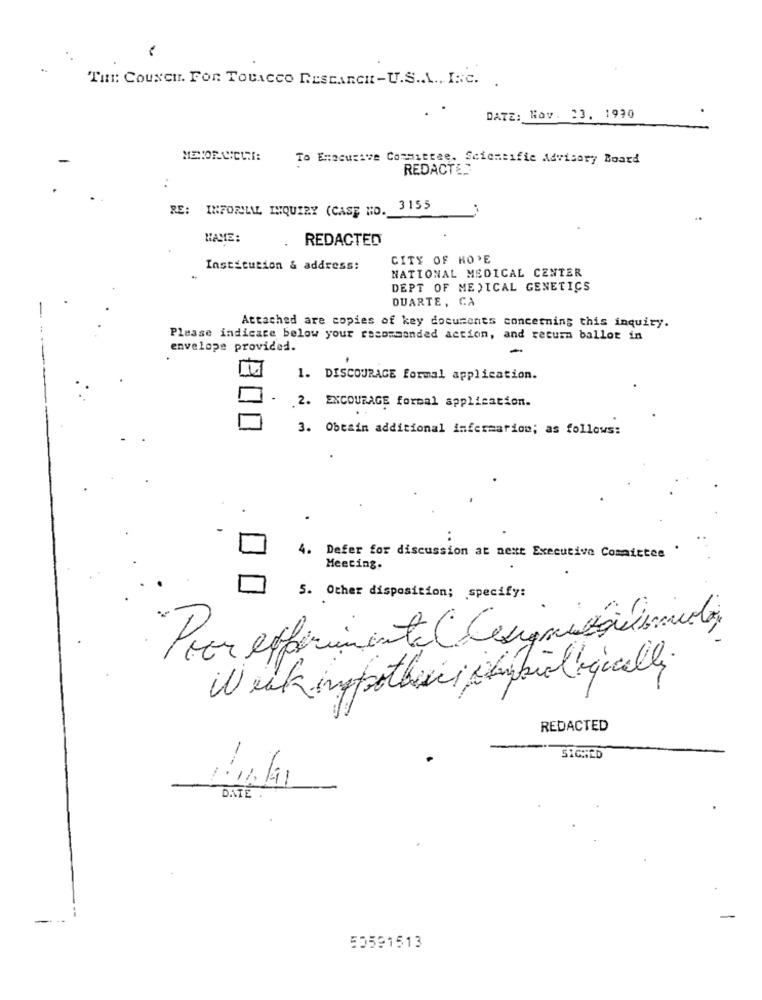
THE: CouxCH. FOR TOBACCO RESEARCH -U.S.A ., INC.
DATE: Nov. 23. 1990
To Enacutive Committee. Scientific Advisory Board
REDACTED
..
RE: INFORILAL INQUIRY (CASE NO.
3155
MAMIE:
REDACTED
CITY OF HO DE
Institution & address:
NATIONAL MEDICAL CENTER
DEPT OF MEDICAL GENETICS
DUARTE, CA
-
Attached are copies of key documents concerning this inquiry.
Please indicate below your recommended action, and return ballot in
envelope provided.
1. DISCOURAGE formal application.
.2. EXCOURAGE formal application.
3. Obesin additional information; as follows:
..
4. Defer for discussion at next Executive Committee
Meeting.
5. Other disposition; specify:
Peor effirimente (designisprécismulins
Week ingpothesis jambiologically.
REDACTED
-
SIGNED
DATE .
50591513